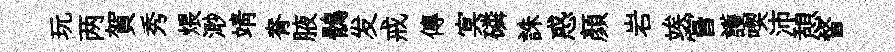
玩两賀秀煨𣺌靖脊腋鶻发戒傳㝠磷誅惑顏岩竢嘗護喫沛憩督